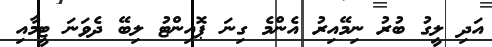
އަދި ލީގު ބުރު ނިމޭއިރު އެންމެ ގިނަ ޕޮއިންޓު ލިބޭ ދެވަނަ ޓީމާއި